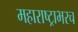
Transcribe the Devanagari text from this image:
महाराष्ट्राभरच